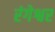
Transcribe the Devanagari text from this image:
रंगेश्वर